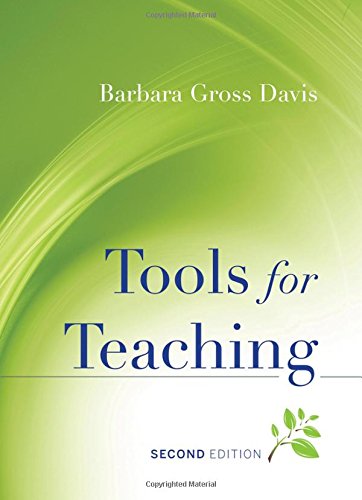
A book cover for Tools for Teaching; Barbara Gross Davis; Education & Teaching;